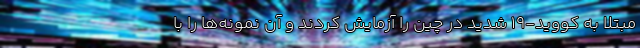
مبتلا به کووید-۱۹ شدید در چین را آزمایش کردند و آن نمونه‌ها را با